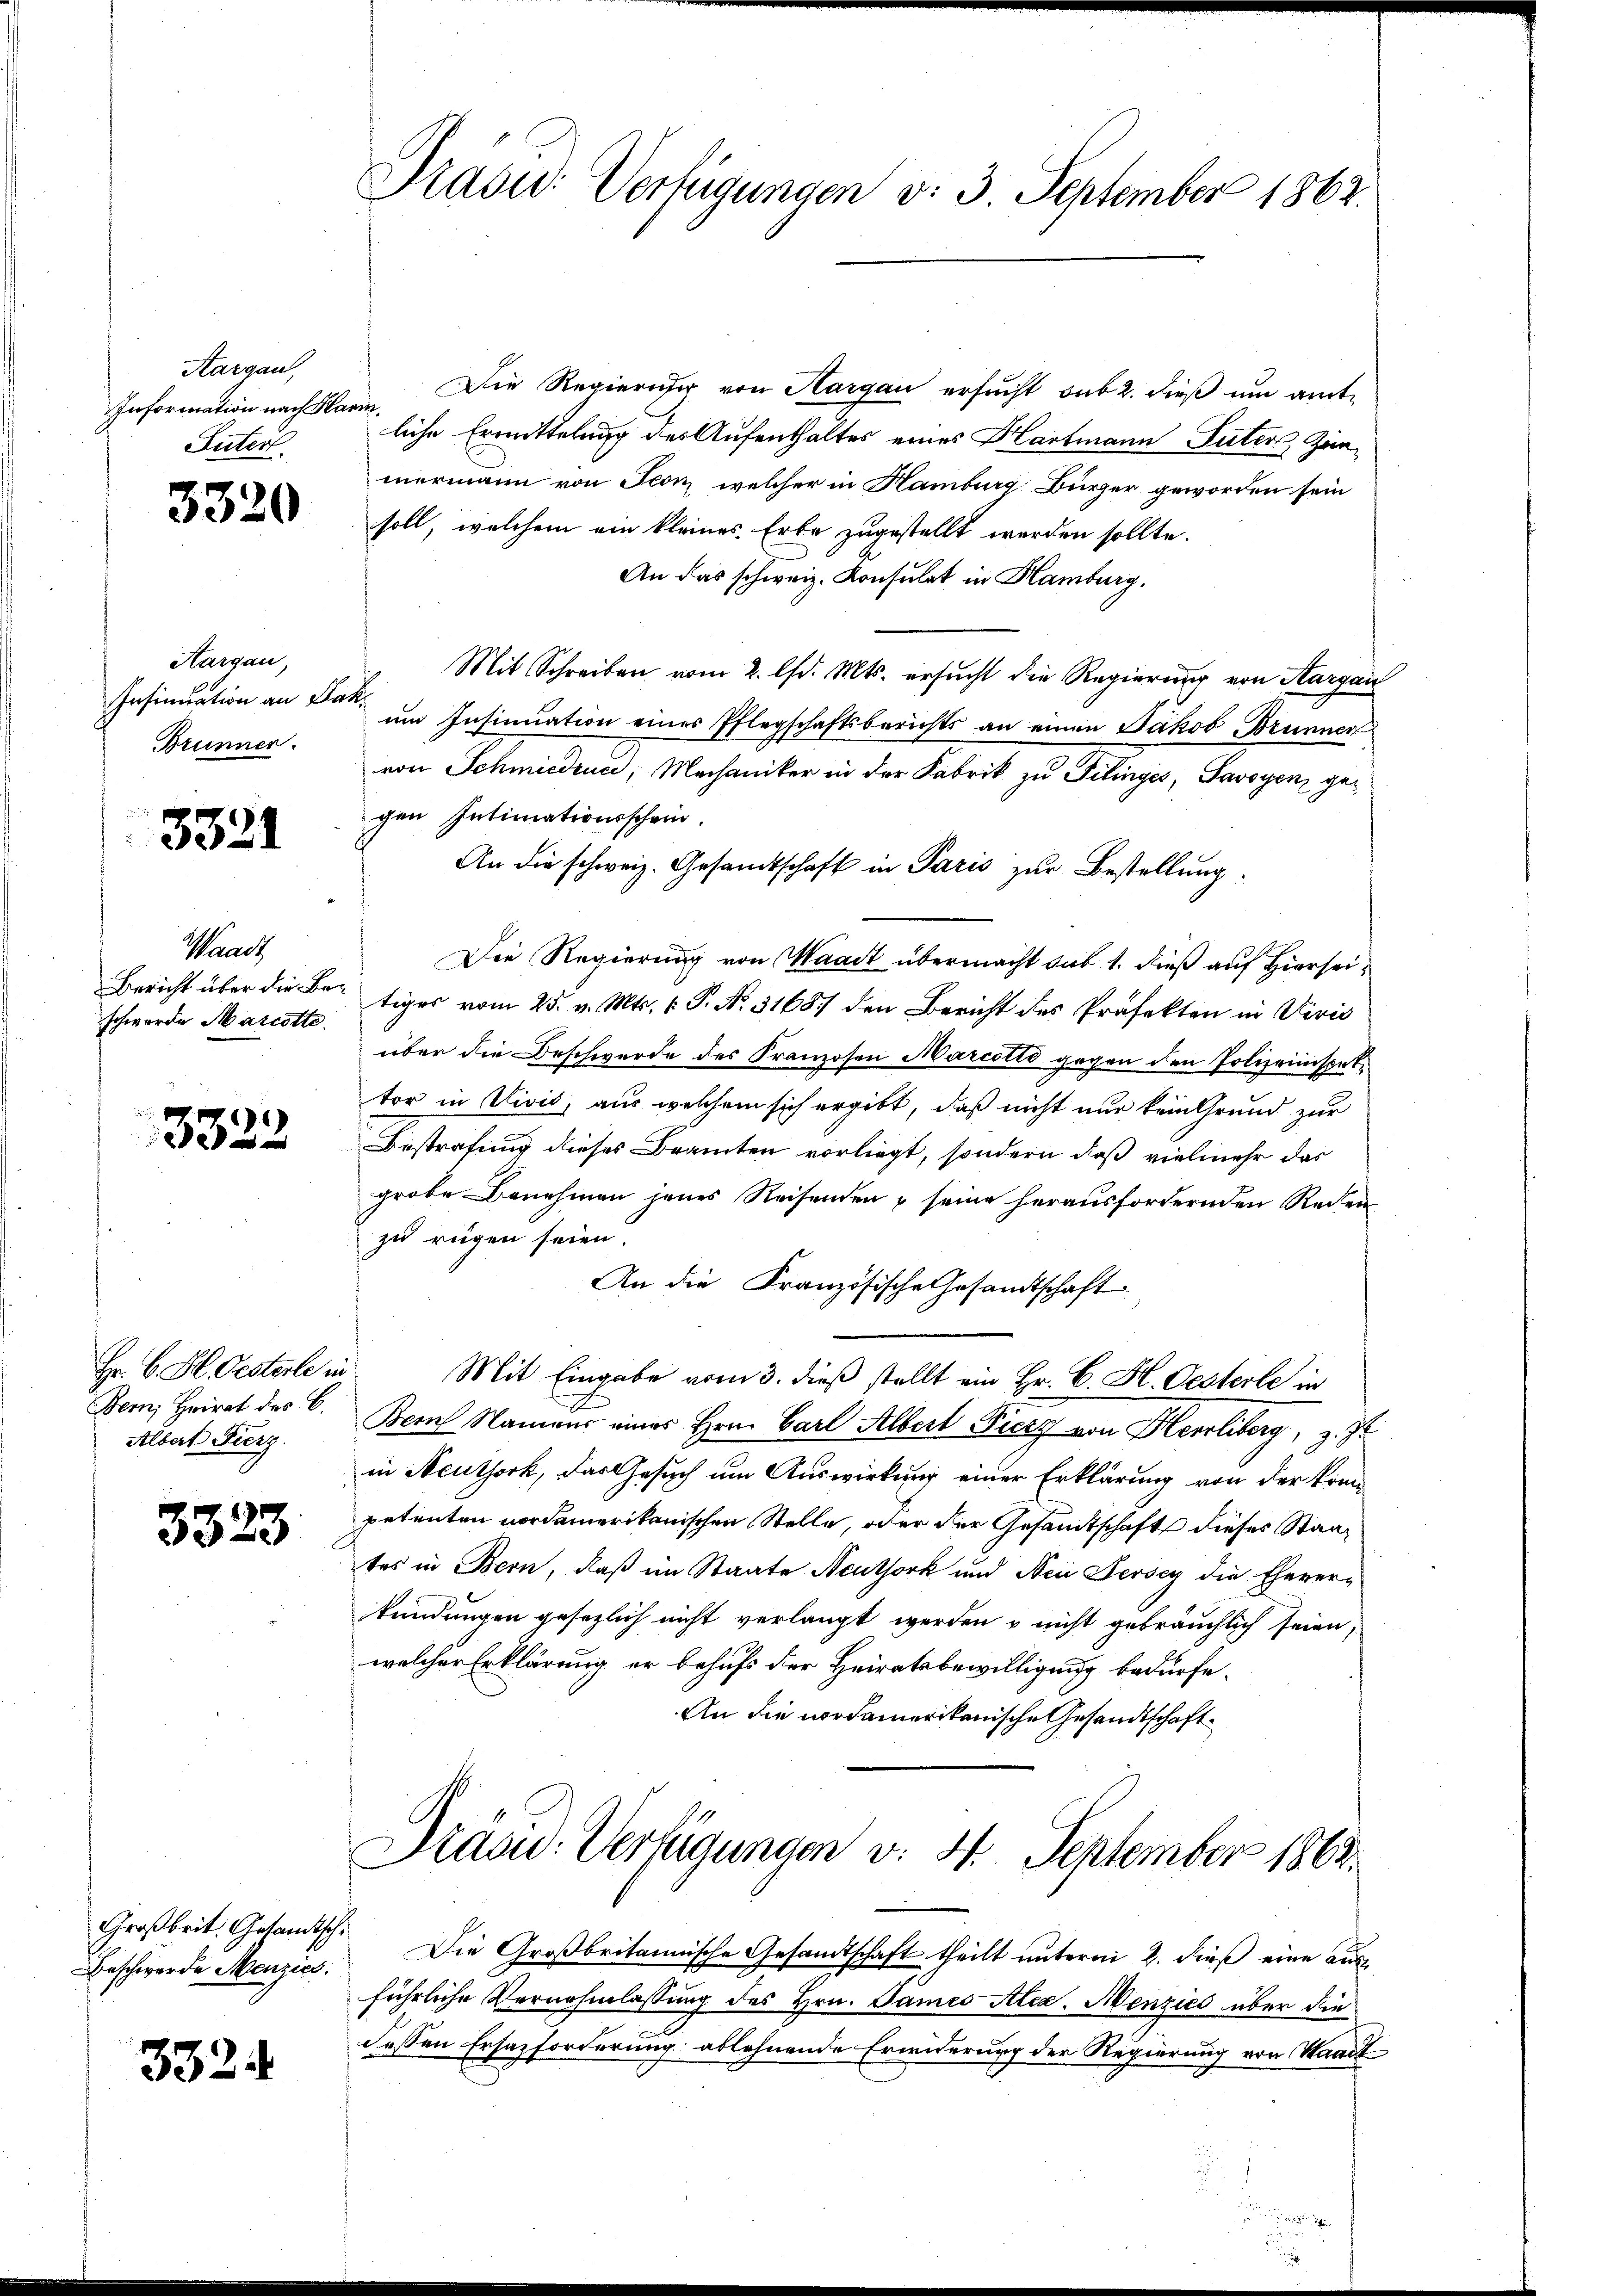
Aargau,
Information nach Mari
Sutert.

3320

Hargau,
Insinuation an da
Brunner.

3321

Waadt
Bericht über die Beschwerde Marcotte

3322

Hr. C. St. Oesterle in
Bern, Heirat des C.
Albert Fierz

3323.

Großbrit. Gesandtsch¬
Beschwerde Menzies.

3324

Prasid: Verfügungen d. 3 September 1862.

Die Regierung von Hargau ersucht sub 2. dieß um amtliche Ermittelung des Aufenthaltes eines Hartmann Suter, Zeimermann von Seon, welcher in Hamburg Bürger geworden sein
soll, welchem ein kleines Erbe zugestellt werden sollte.
An das schweiz. Konsulat in Hamburg.
Mit Schreiben vom 2. lfd. Mts. ersucht die Regierung von Aargau
i
um Insinuation eines Pflegschaftsberichts an einen Jakob Brunner
von Schmiedena, Mechaniker in der Fabrik zu Filinges, Savoyen gegen Intimationsschein.
An die schweiz. Gesandtschaft in Paris zŭr Bestellung.
Die Regierung von Waadt übermacht sub 1. dieß auf Hierseitiges vom 25. v. Mts. v. P. Nr. 3168./ den Bericht des Professon in Uiris
über die Beschwerde des Franzosen Marcotto gegen den Polizeiinspete
tor in Divis, aus welchem sich ergibt, daß nicht nur kein Grund zur
Bestrafung dieses Beamten vorliegt, sondern daß vielmehr das
grobe Benehmen jenes Reisenden seine herausfordernden Reden
zu regen seien.
An die Französische Gesandtschaft
Mit Eingabe vom 3. dieß stellt ein Hr. C. H. Oesterle in
Bem Namens eines Hrn. Carl Albert Fierz von Herrliberg, z.
in Neuthork, das Gesuch um Auswirkung einer Erklärung von der kompetenten nordamerikanischen Stelle, oder der Gesandtschaft dieses Staates in Bern, daß im Staate Neuthork und Nein Fersey die Eheverkündungen gesezlich nicht verlangt werden & nicht gebräuchlich seien,
welcher Erklärung er behufs der Heiratsbewilligung bedürfe.
An die nordamerikanische Gesandtschaft
Präsid. Verfügungen v. 4. September 1863.

Die Großbritannische Gesandtschaft theilt unterm 2. dieß eine ausführliche Vernehmlassung des Hrn. James Alea. Menzies über die
dessen Ersazforderung ablehnende Erwiderung der Regierung von Waadt